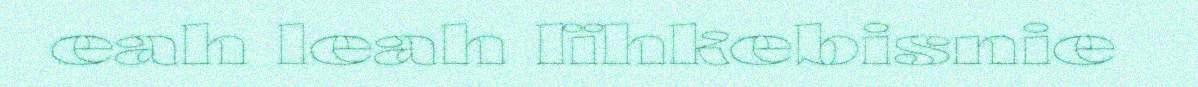
eah leah lïhkebisnie